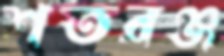
শতরঞ্জ